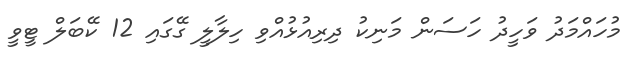
މުހައްމަދު ވަހީދު ހަސަން މަނިކު ދިރިއުޅުއްވި ހިލާލީ ގޭގައި 12 ކޭބަލް ޓީވީ